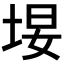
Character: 𪣚